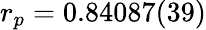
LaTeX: r_{p}=0.84087(39)